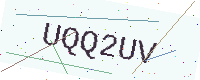
Text: UQQ2UV